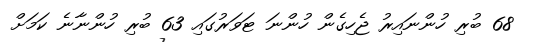
68 ބުރި ހުންނައިރު ޖެހިގެން ހުންނަ ޓަވަރުގައި 63 ބުރި ހުންނާނެ ކަމަށް